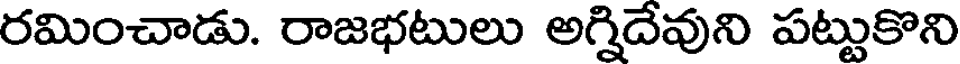
రమించాడు. రాజభటులు అగ్నిదేవుని పట్టుకొని